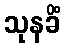
သုနခိံ